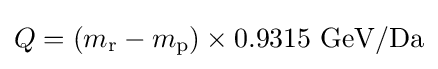
Q=(m_{\text{r}}-m_{\text{p}})\times \mathrm {0.9315~GeV/Da}